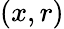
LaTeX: (x,r)